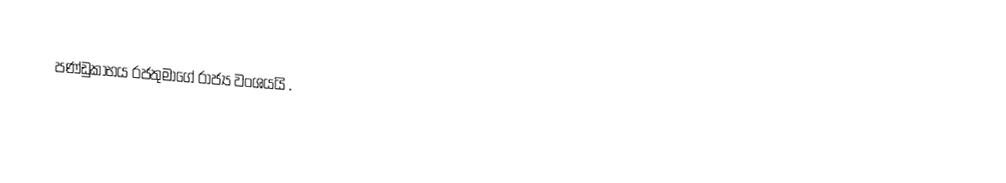
පණ්ඩුකාභය රජතුමාගේ රාජ්‍ය වංශයයි .